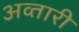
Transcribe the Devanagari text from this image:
अव्तारी